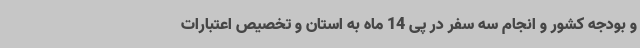
و بودجه کشور و انجام سه سفر در پی 14 ماه به استان و تخصیص اعتبارات